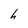
Character: h